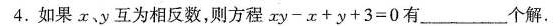
4.如果x、y互为相反数，则方程$$x y - x + y + 3 = 0$$有___个解.